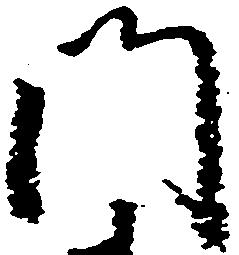
門